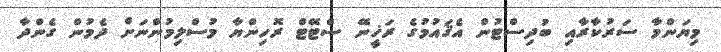
މިޔަންމާ ސަރުކާރާއި ބުދިސްޓުން އެޤައުމުގެ ރަޚީނޭ ސްޓޭޓް ރޮހިންޔާ މުސްލިމުންނަށް ދެމުން ގެންދާ